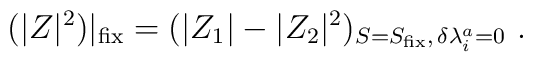
(|Z |^2)|_{\rm fix}= (|Z_1| -|Z_2|^2)_{S=S_{\rm fix}, \, \delta\lambda^{a}_{i}=0} \ .